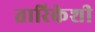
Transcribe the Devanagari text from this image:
तारिकेशी